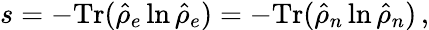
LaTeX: s=-\mathrm{Tr}(\hat{\rho}_{e}\ln\hat{\rho}_{e})=-\mathrm{Tr}(\hat{\rho}_{n}\ln\hat{\rho}_{n})\, ,